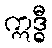
ဣဒ္ဓီ